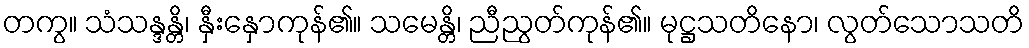
တကွ။ သံသန္ဒန္တိ၊ နှီးနှောကုန်၏။ သမေန္တိ၊ ညီညွတ်ကုန်၏။ မုဋ္ဌသတိနော၊ လွတ်သောသတိ